Civil Veterinary Dept. Bombay admin report 1914-1922 - 1914-1922
Year: 1914
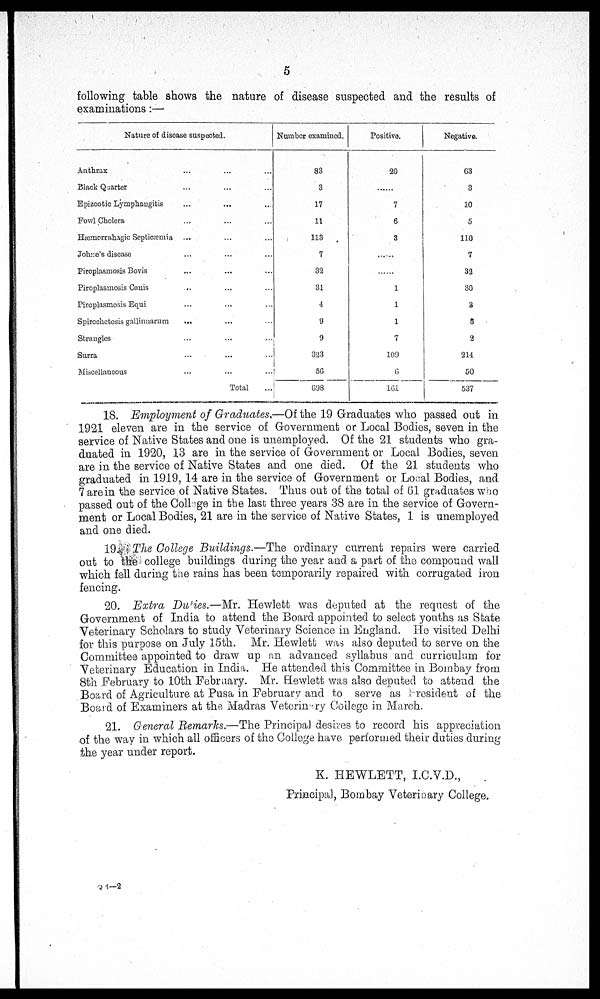
5
following table shows the nature of disease suspected and the results of
examinations:—
Nature of disease suspected.
Anthrax ... ...
Black Quarter ... ...
Epizootic Lymphangitis ... ...
Fowl Cholera ... ...
Hæmorrahagic Septicæmia ... ...
Johne's disease ... ...
Piroplasmosis Bovis ... ...
Piroplasmosis Canis ... ...
Piroplasmosis Equi ... ...
Spirochetosis gallinnarum
... ... ...
Strangles ... ...
Surra ... ...
Miscellaneous ... ...
Total ...
Number examined.
83
3
17
11
113
7
32
31
4
9
9
323
56
698
Positive.
20
.....
7
6
3
......
.....
1
1
1
7
109
6
161
Negative.
63
3
10
5
110
7
32
30
3
8
2
214
50
537
18. Employment of Graduates.—Of the 19 Graduates who passed out in
1921 eleven are in the service of Government or Local Bodies, seven in the
service of Native States and one is unemployed. Of the 21 students who gra-
duated in 1920, 13 are in the service of Government or Local Bodies, seven
are in the service of Native States and one died. Of the 21 students who
graduated in 1919, 14 are in the service of Government or Local Bodies, and
7 are in the service of Native States. Thus out of the total of 61 graduates who
passed out of the College in the last three years 38 are in the service of Govern-
ment or Local Bodies, 21 are in the service of Native States, 1 is unemployed
and one died.
19. The College Buildings.—The ordinary current repairs were carried
out to the college buildings during the year and a part of the compound wall
which fell during the rains has been temporarily repaired with corrugated iron
fencing.
20. Extra Duties.—Mr. Hewlett was deputed at the request of the
Government of India to attend the Board appointed to select youths as State
Veterinary Scholars to study Veterinary Science in England. He visited Delhi
for this purpose on July 15th. Mr. Hewlett was also deputed to serve on the
Committee appointed to draw up an advanced syllabus and curriculum for
Veterinary Education in India. He attended this Committee in Bombay from
8th February to 10th February. Mr. Hewlett was also deputed to attend the
Board of Agriculture at Pusa in February and to serve as President of the
Board of Examiners at the Madras Veterinary College in March.
21. General Remarks.—The Principal desires to record his appreciation
of the way in which all officers of the College have performed their duties during
the year under report.
K. HEWLETT, I.C.V.D.,
Principal, Bombay Veterinary College.
Q 4—2